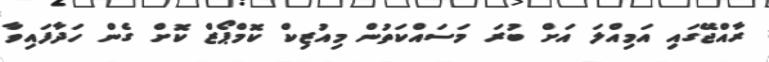
ރާއްޖޭގައި އަމިއްލަ އަށް ބުރަ މަސައްކަތުން މިއުޒިކް ކޮމްޕޯޒް ކޮށް ގެން ހަދާފައިވާ